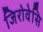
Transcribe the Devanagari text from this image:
जिरोवेसि